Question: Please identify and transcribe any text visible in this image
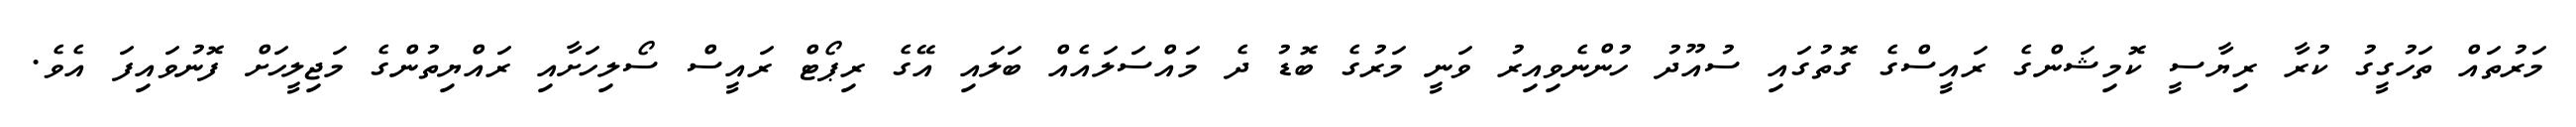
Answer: މަރުތައް ތަހުގީގު ކުރާ ރިޔާސީ ކޮމިޝަންގެ ރައީސްގެ ގޮތުގައި ސުއޫދު ހުންނެވިއިރު ވަނީ މަރުގެ ބޮޑު ދެ މައްސަލައެއް ބަލައި އޭގެ ރިޕޯޓް ރައީސް ސޯލިހަށާއި ރައްޔިތުންގެ މަޖިލީހަށް ފޮނުވައިފަ އެވެ.